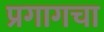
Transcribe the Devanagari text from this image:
प्रगागचा